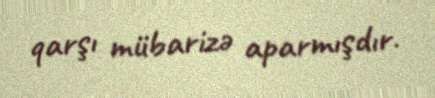
qarşı mübarizə aparmışdır.